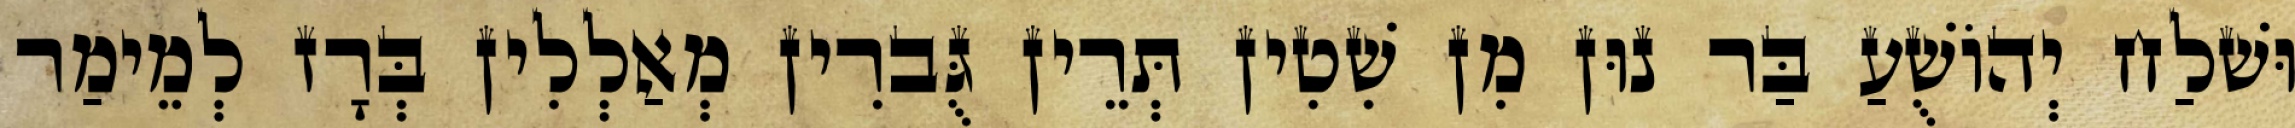
וּשׁלַח יְהוֹשֻׁעַ בַּר נוּן מִן שִׁטִין תְּרֵין גֻּברִין מְאַלְלִין בְּרָז לְמֵימַר